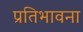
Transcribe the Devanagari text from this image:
प्रतिभावना